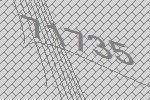
71735